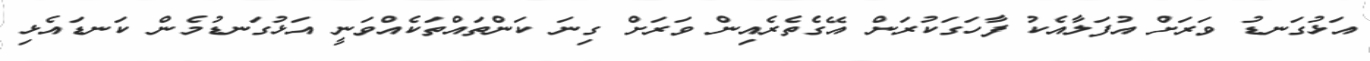
އަޅުގަނޑު ވަރަށް އުފަލާއެކު ފާހަގަކުރަން އޭގެތެރެއިން ވަރަށް ގިނަ ކަންތައްތަކެއްވަނީ އަޅުގަނޑުމެން ކަނޑައެޅި